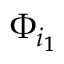
\Phi _ { i _ { 1 } }